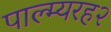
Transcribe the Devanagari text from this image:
पाल्म्यरह२